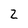
Character: Z